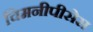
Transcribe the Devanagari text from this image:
चिमनीपीसेस